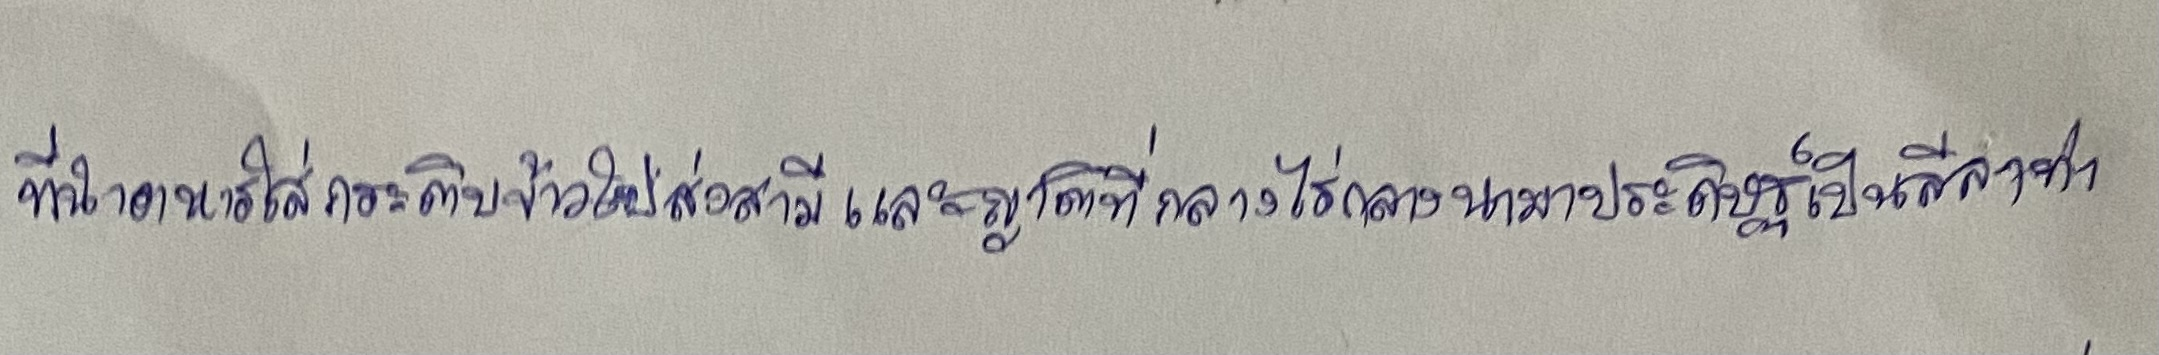
ที่นำอาหารใส่กระติบข้าวไปส่งสามีและญาติที่กลางไร่กลางนามาประดิษฐ์เป็นลีลาท่า